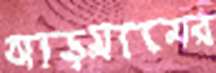
ঝাড়গ্রামের